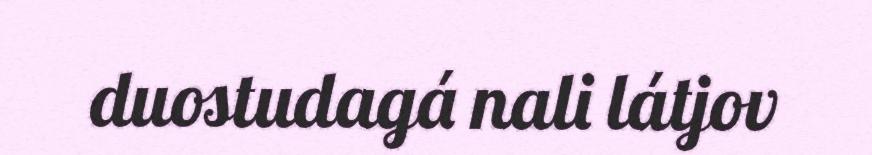
duostudagá nali látjov